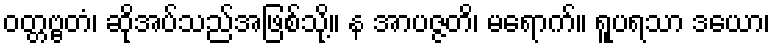
ဝတ္တဗ္ဗတံ၊ ဆိုအပ်သည်အဖြစ်သို့။ န အာပဇ္ဇတိ၊ မရောက်။ ရူပရသာ ဒယော၊